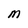
Character: M